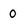
Character: 0